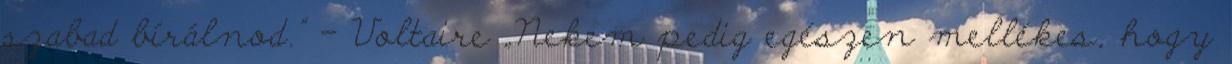
szabad bírálnod." - Voltaire „Nekem pedig egészen mellékes, hogy